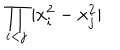
LaTeX: \displaystyle { \prod _ { i < j } | x _ { i } ^ { 2 } - x _ { j } ^ { 2 } | }